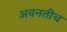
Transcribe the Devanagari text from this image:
अवनतीच